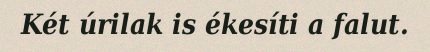
Két úrilak is ékesíti a falut.